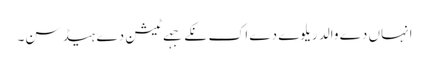
انہاں دے والد ریلوے دے اک نکے جہے ٹیشن دے ہیڈ سن۔